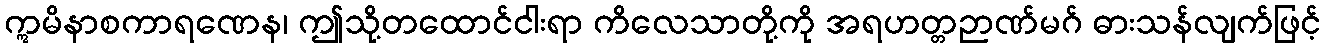
ဣမိနာစကာရဏေန၊ ဤသို့တထောင်ငါးရာ ကိလေသာတို့ကို အရဟတ္တဉာဏ်မဂ် ဓားသန်လျက်ဖြင့်